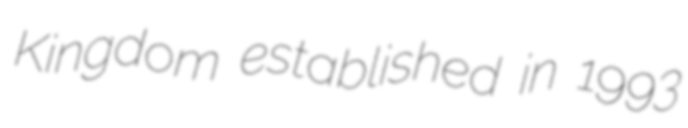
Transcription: Kingdom established in 1993